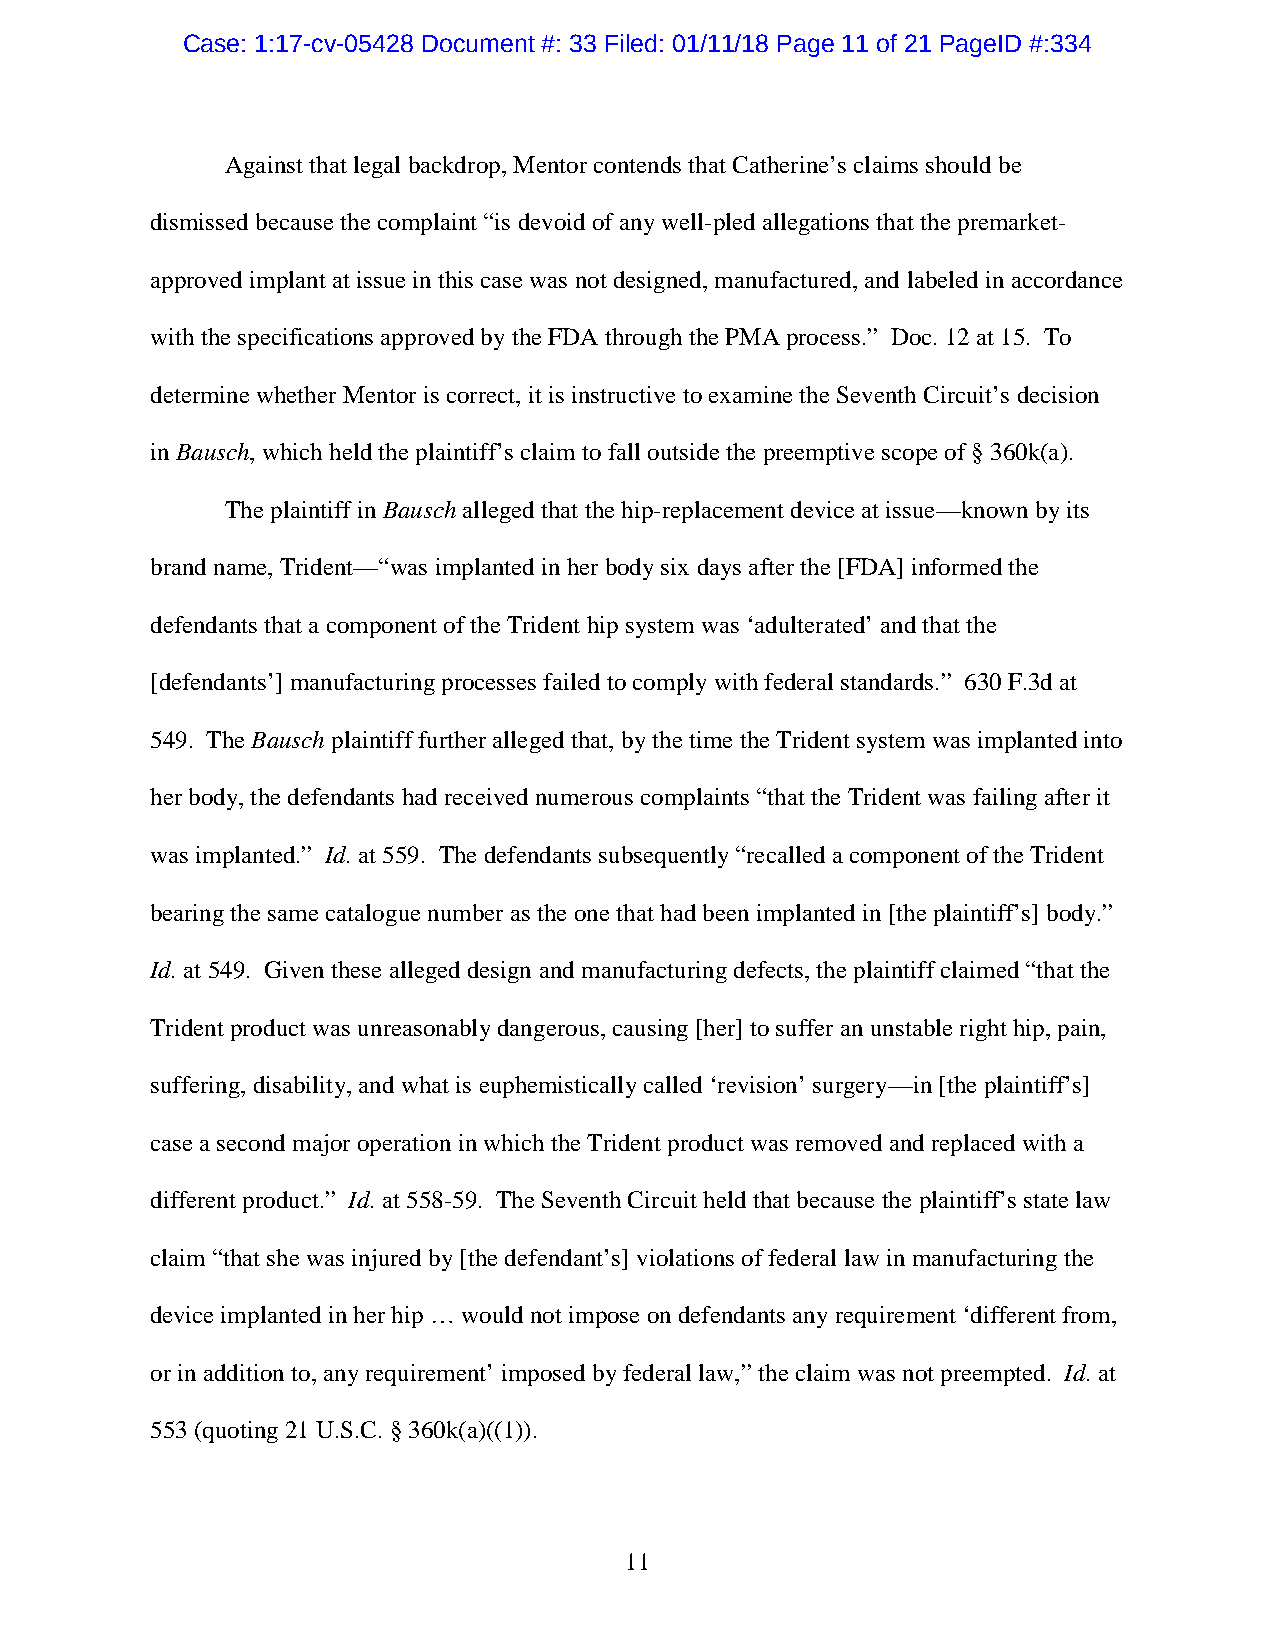
Case: 1:17-cv-05428 Document #: 33 Filed: 01/11/18 Page 11 of 21 PageID #:334
 Against that legal backdrop, Mentor contends that Catherine’s claims should be
 dismissed because the complaint “is devoid of any well-pled allegations that the premarket-
 approved implant at issue in this case was not designed, manufactured, and labeled in accordance
 with the specifications approved by the FDA through the PMA process.” Doc. 12 at 15. To
 determine whether Mentor is correct, it is instructive to examine the Seventh Circuit’s decision
 in Bausch, which held the plaintiff’s claim to fall outside the preemptive scope of § 360k(a).
 The plaintiff in Bausch alleged that the hip-replacement device at issue—known by its
 brand name, Trident—“was implanted in her body six days after the [FDA] informed the
 defendants that a component of the Trident hip system was ‘adulterated’ and that the
 [defendants’] manufacturing processes failed to comply with federal standards.” 630 F.3d at
 549. The Bausch plaintiff further alleged that, by the time the Trident system was implanted into
 her body, the defendants had received numerous complaints “that the Trident was failing after it
 was implanted.” Id. at 559. The defendants subsequently “recalled a component of the Trident
 bearing the same catalogue number as the one that had been implanted in [the plaintiff’s] body.”
 Id. at 549. Given these alleged design and manufacturing defects, the plaintiff claimed “that the
 Trident product was unreasonably dangerous, causing [her] to suffer an unstable right hip, pain,
 suffering, disability, and what is euphemistically called ‘revision’ surgery—in [the plaintiff’s]
 case a second major operation in which the Trident product was removed and replaced with a
 different product.” Id. at 558-59. The Seventh Circuit held that because the plaintiff’s state law
 claim “that she was injured by [the defendant’s] violations of federal law in manufacturing the
 device implanted in her hip … would not impose on defendants any requirement ‘different from,
 or in addition to, any requirement’ imposed by federal law,” the claim was not preempted. Id. at
 553 (quoting 21 U.S.C. § 360k(a)((1)).
 11